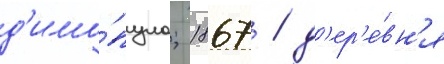
д'имо́пуло; 1867 / д'ер'е́вн'я